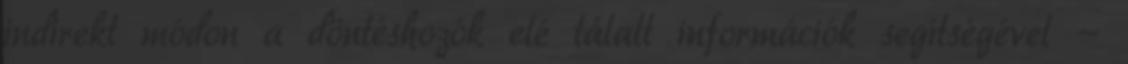
indirekt módon a döntéshozók elé tálalt információk segítségével -